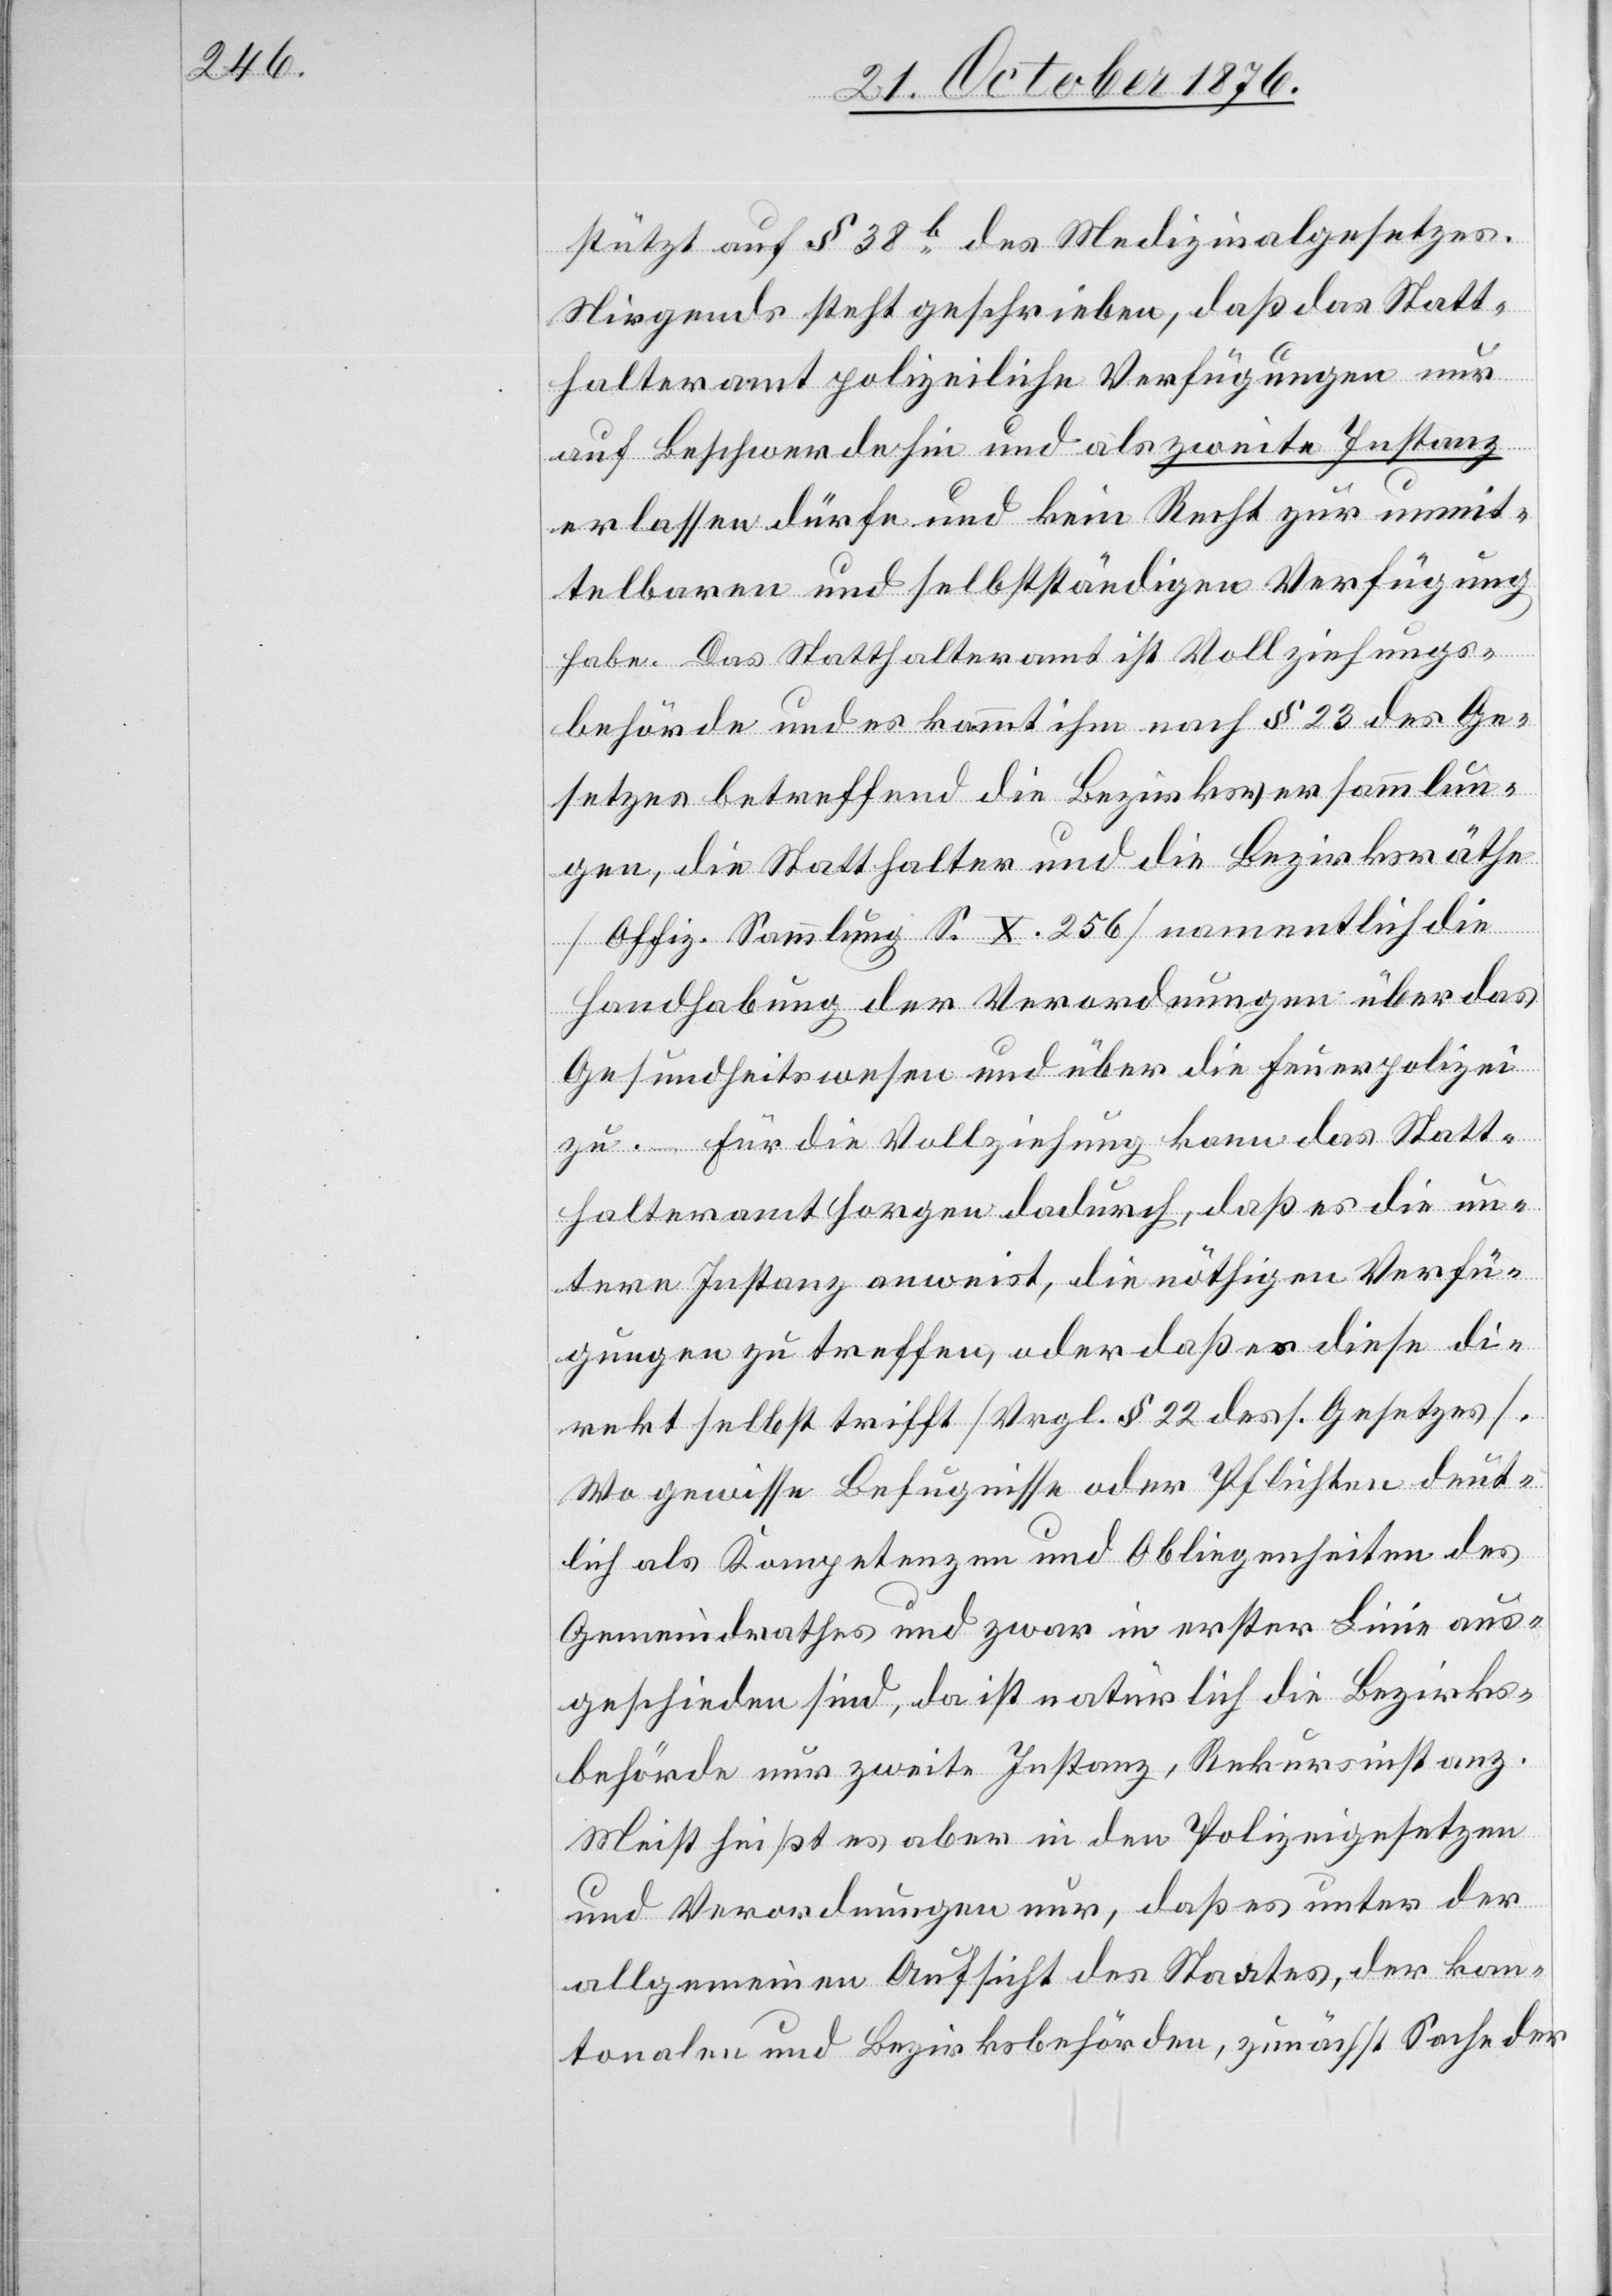
stützt auf § 38b des Medizinalgesetzes.
Nirgends steht geschrieben, daß das Statt¬
halteramt polizeiliche Verfügungen nur
auf Beschwerde hin und als zweite Instanz
erlassen dürfe und kein Recht zur unmit¬
telbaren und selbstständigen Verfügung
habe. Das Statthalteramt ist Vollziehungs¬
behörde und es kommt ihm nach § 23 des Ge¬
setzes betreffend die Bezirksversammlun¬
g, die Statthalter und die Bezirksräthe
[Offiz. Sammlung S. X. 256] namentlich die
Handhabung der Verordnungen über das
Gesundheitswesen und über die Feuerpolizei
zu. – Für die Vollziehung kann das Statt¬
halteramt Horgen dadurch, daß es die un¬
tere Instanz anweist, die nöthigen Verfü¬
gungen zu treffen, oder daß es diese di¬
rekt selbst trifft [Vrgl. § 22 dess. Gesetzes].
Wo gewisse Befugnisse oder Pflichten deut¬
lich als Kompetenzen und Obliegenheiten des
Gemeindrathes und zwar in erster Linie aus¬
geschieden sind, da ist natürlich die Bezirks¬
behörde nur zweite Instanz, Rekursinstanz.
Meist heißt es aber in den Polizeigesetzen
und Verordnungen nur, daß es unter der
allgemeinen Aufsicht des States, der kan¬
tonalen und Bezirksbehörden, zunächst Sache der